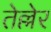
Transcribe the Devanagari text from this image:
तेल्लेर